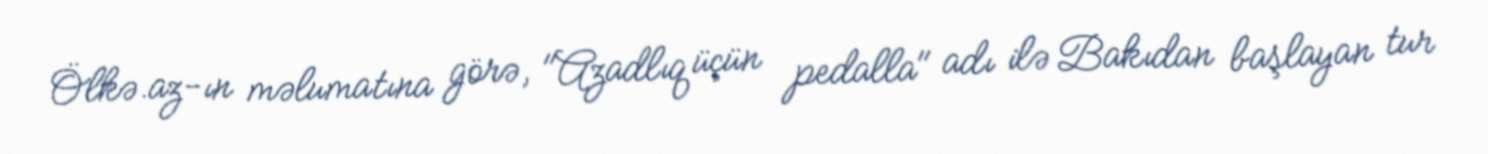
Ölkə.az-ın məlumatına görə, "Azadlıq üçün pedalla" adı ilə Bakıdan başlayan tur